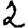
Digit: 2